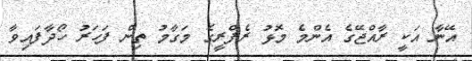
އޭނާ އަކީ ރާއްޖޭގެ އެންމެ މޮޅު ރެފްރީގެ މަގާމު ތިން ފަހަރު ހޯދާފައިވާ